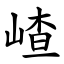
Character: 嵖